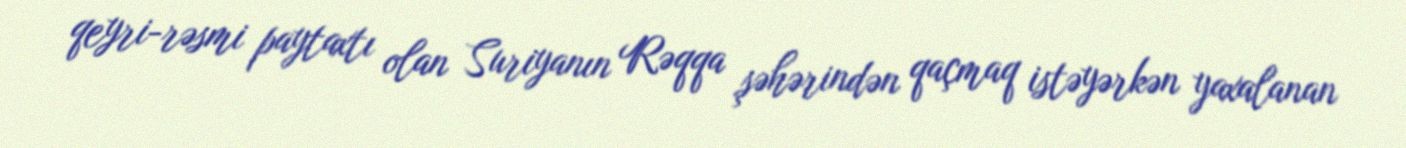
qeyri-rəsmi paytaxtı olan Suriyanın Rəqqa şəhərindən qaçmaq istəyərkən yaxalanan